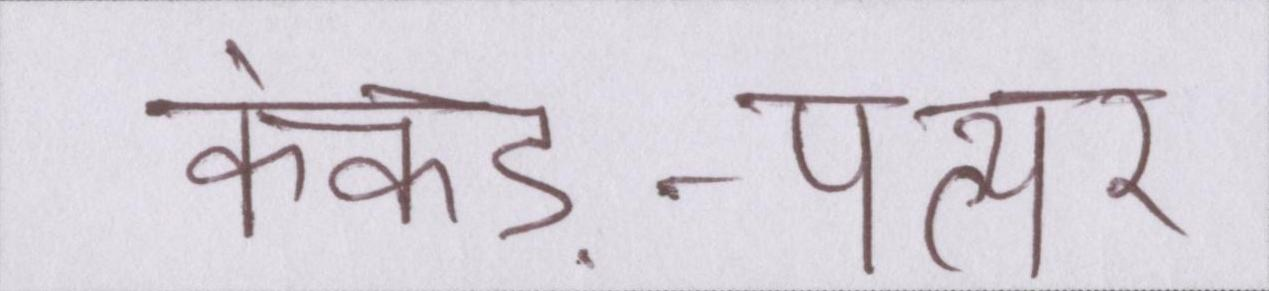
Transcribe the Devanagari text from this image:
कंकड़-पत्थर